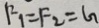
F _ { 1 } = F _ { 2 } = G